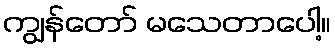
ကျွန်တော် မသေတာပေါ့။